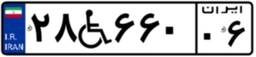
۲۸W۶۶۰۰۶